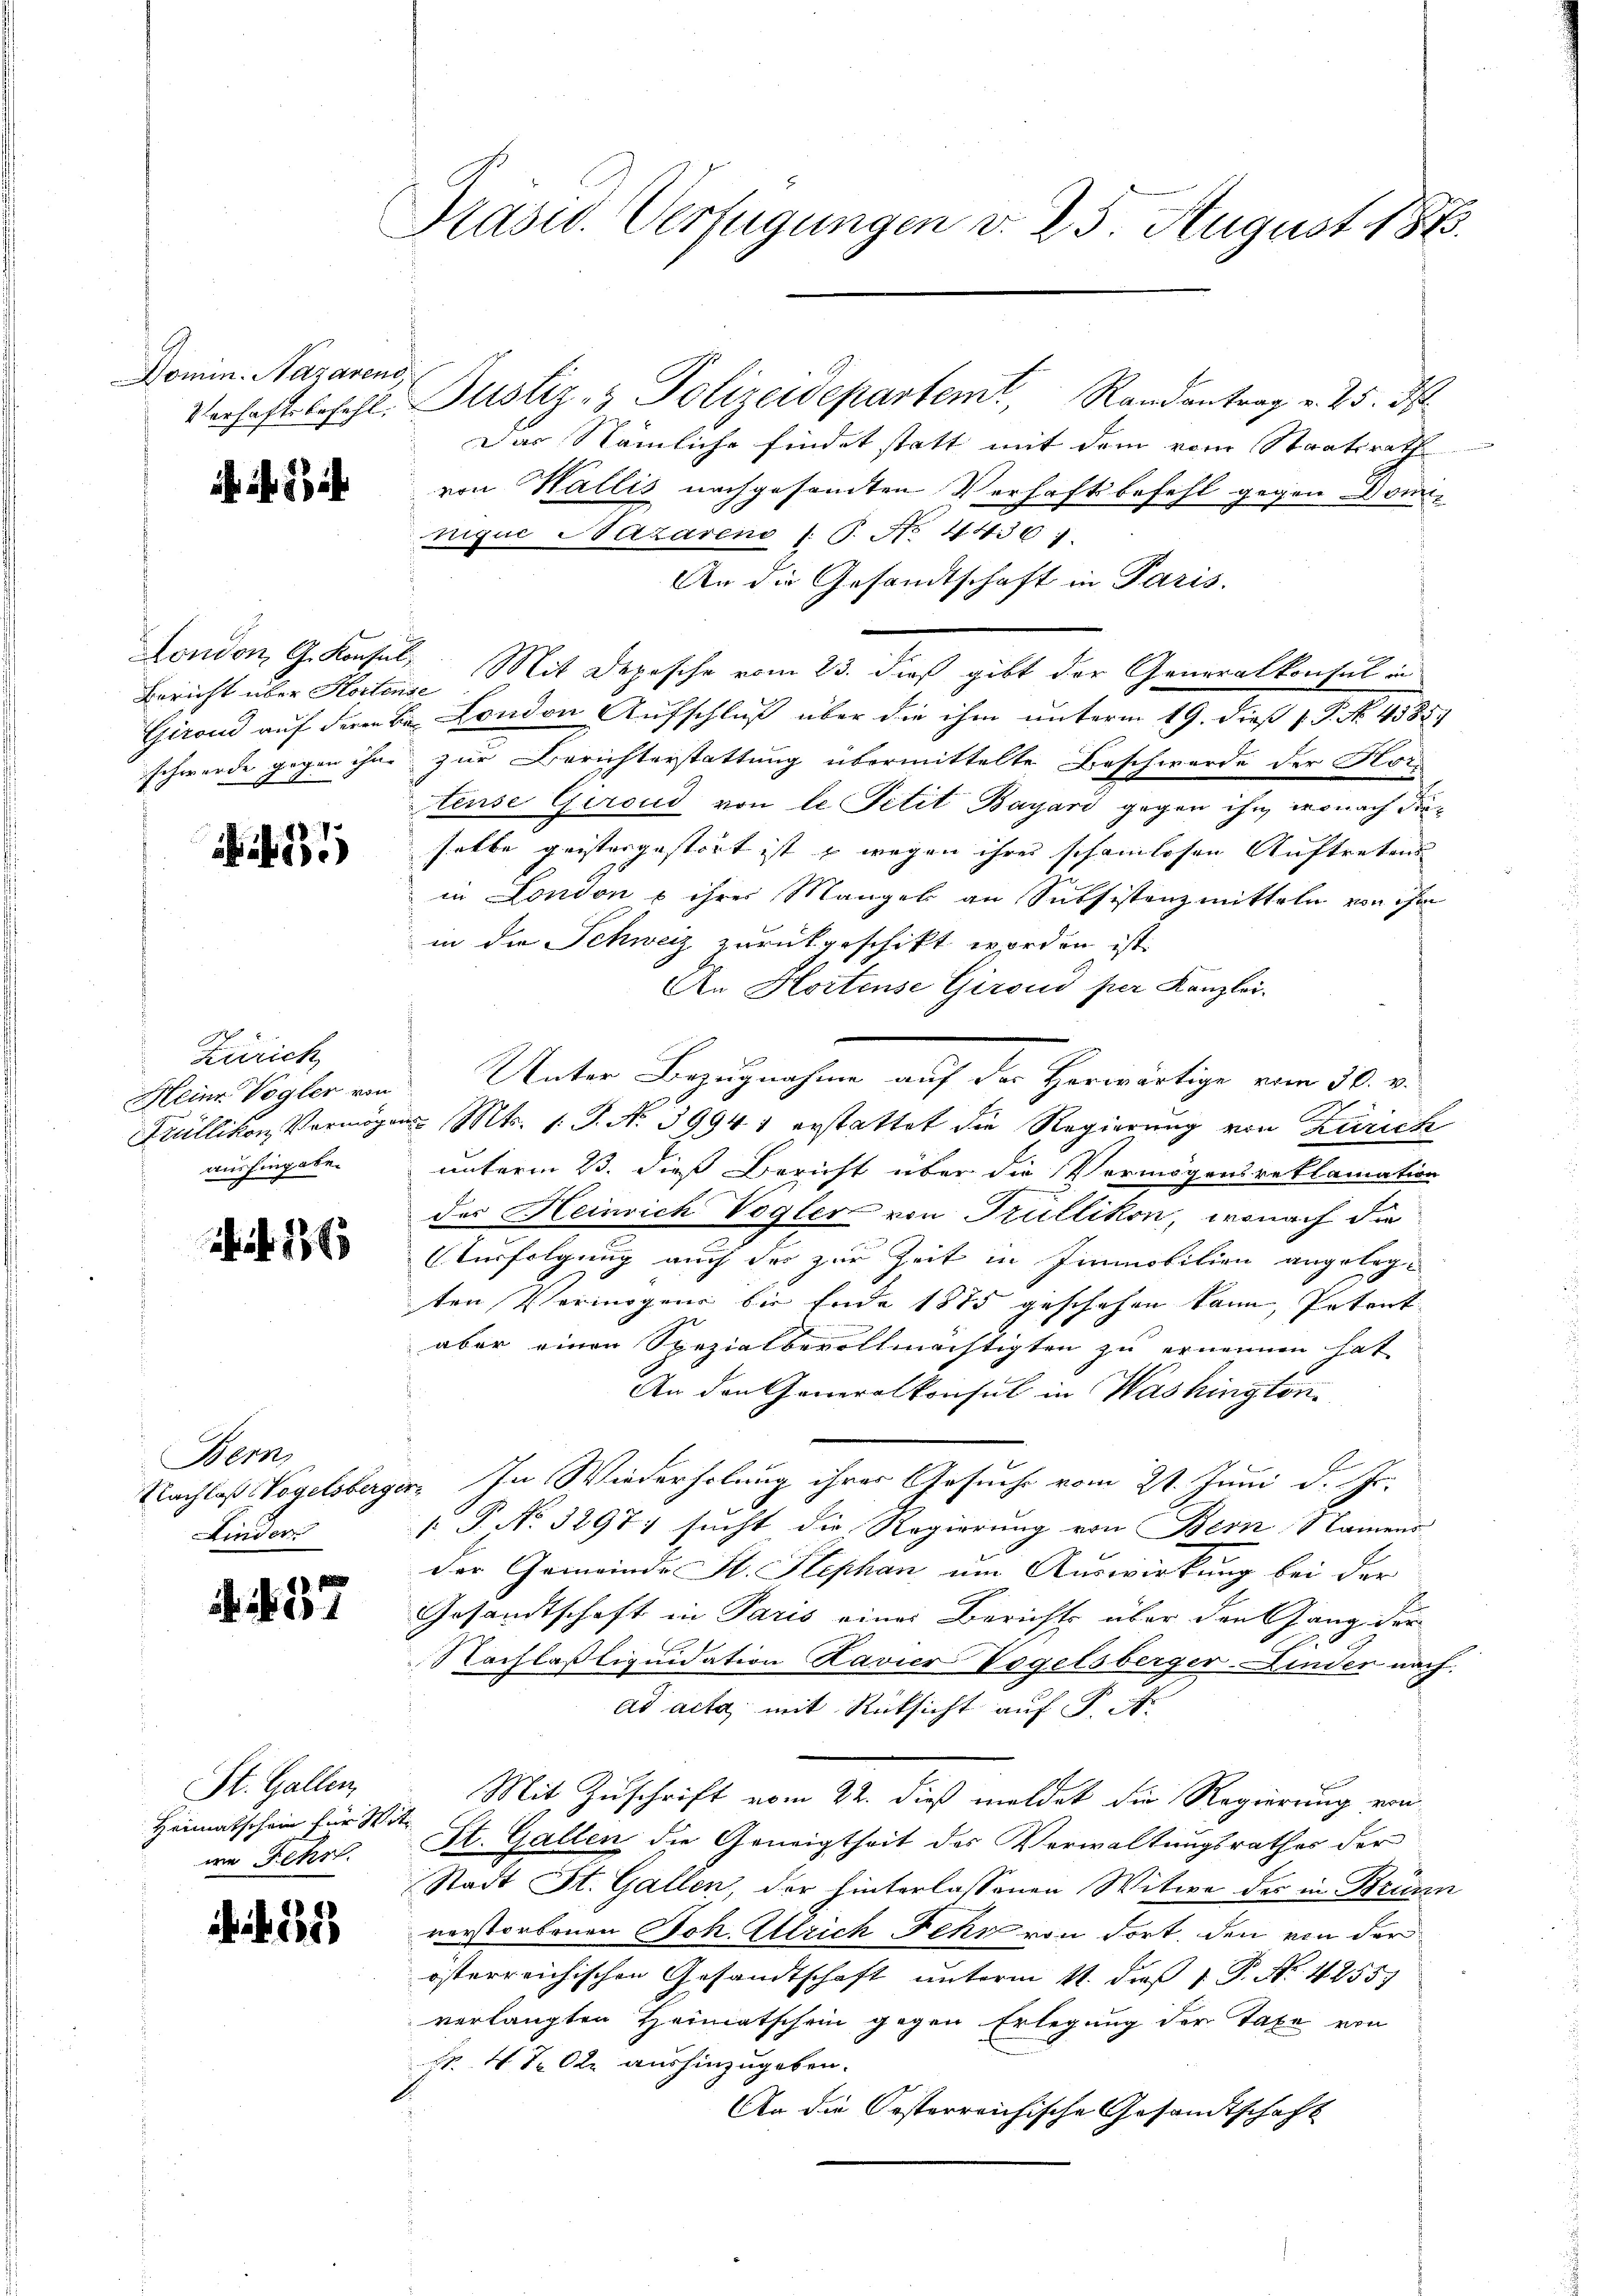
Domin. Nazarens,

London, G. Konsul,

65

Zürich
i
Meine Vogler von
aushingabe.

if. 136

Bern,
Finder

. N. 27

St. Gallen,
Heimatschein für Witwe Fehrl.

. f. 335

Präsid. Verfügungen v. 23. August 1863.

Das Nämliche findet statt mit dem vom Staatsrath
von Wallis nachgesamten Verhaftsbefehl gegen Donnnique Nazareno l. J. No. 4436:
An die Gesandtschaft in Paris.
Bericht über Horten Mit Depesche vom 23. dieß gibt der Generalkonsul in
Girond auf deren Bei London Aufschluß über die ihm unterm 19. dieß P. No. 4585.
schwerde gegen ihre zur Berichterstattung übermittelte Beschwerde der Horteuse Giroud von le Petit Bayari gegen ihm wonach die
selbe geistergestört ist – wegen ihrer schamlosen Auftretens
in London u ihrer Mangel an Subsistenzmitteln von ihm
in die Schweiz zurückgeschikt worden ist.
An Hortense Giroud per Kanzlei.
Krüllikon, Vermögens. Mts. 1. J. No 39941 erstattet die Regierung von Zürich
unterm 23. dieß Bericht über die Vermögensreklamation
des Heinrich Vogler von Trüllikon, wonach die
Verfolgung auch der zur Zeit in Immobilien angelegten Vermögens bis Ende 1875 geschehen kann, Petent
aber einen Spezialbevollmächtigten zu ernennen hat
An den Generalkonsul in Washington
Nachlaß Vogelsberger, In Wiederholung ihrer Gesuche vom 21. Juni d. Js.
s P. No. 32971 sucht die Regierung von Bern Namens
der Gemeinde St. Stephan um Auswirkung bei der
Gesandtschaft in Paris einer Berichts über den Gang der
Nachläßliquidation Kavier Vogelsberger-Linder nach
ad acta mit Rücksicht auf K. A.
Mit Zuschrift vom 22. dieß meldet die Regierung von
St. Gallen die Geneigtheit des Verwaltungsrathes der
Stadt St. Gallen, der hinterlassenen Witwe des in Brünn
verstorbenen Joh. Ulrich Fehr von dort, den von der
österreichischen Gesandtschaft unterm 11. daß P. Nr. 42557
verlangten Heimatschein gegen Erlegung der Taxe von
Fr. 4 S. OR. aushinzugeben.
An die Oesterreichische Gesandtschaft

Verhaftlosehl. Justiz- & Polizeidepartemt, Randantrag v. 25. ds.

Unter Bezugnahme auf der Herwärtige vom 30. v.